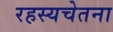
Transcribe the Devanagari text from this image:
रहस्यचेतना